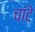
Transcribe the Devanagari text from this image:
चांटे